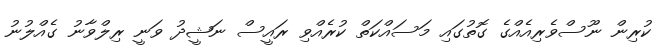
ކުރިން ނޫސްވެރިއެއްގެ ގޮތުގައި މަސައްކަތް ކުރެއްވި ރައީސް ނަޝީދު ވަނީ ރިލްވާނު ގެއްލުުނު